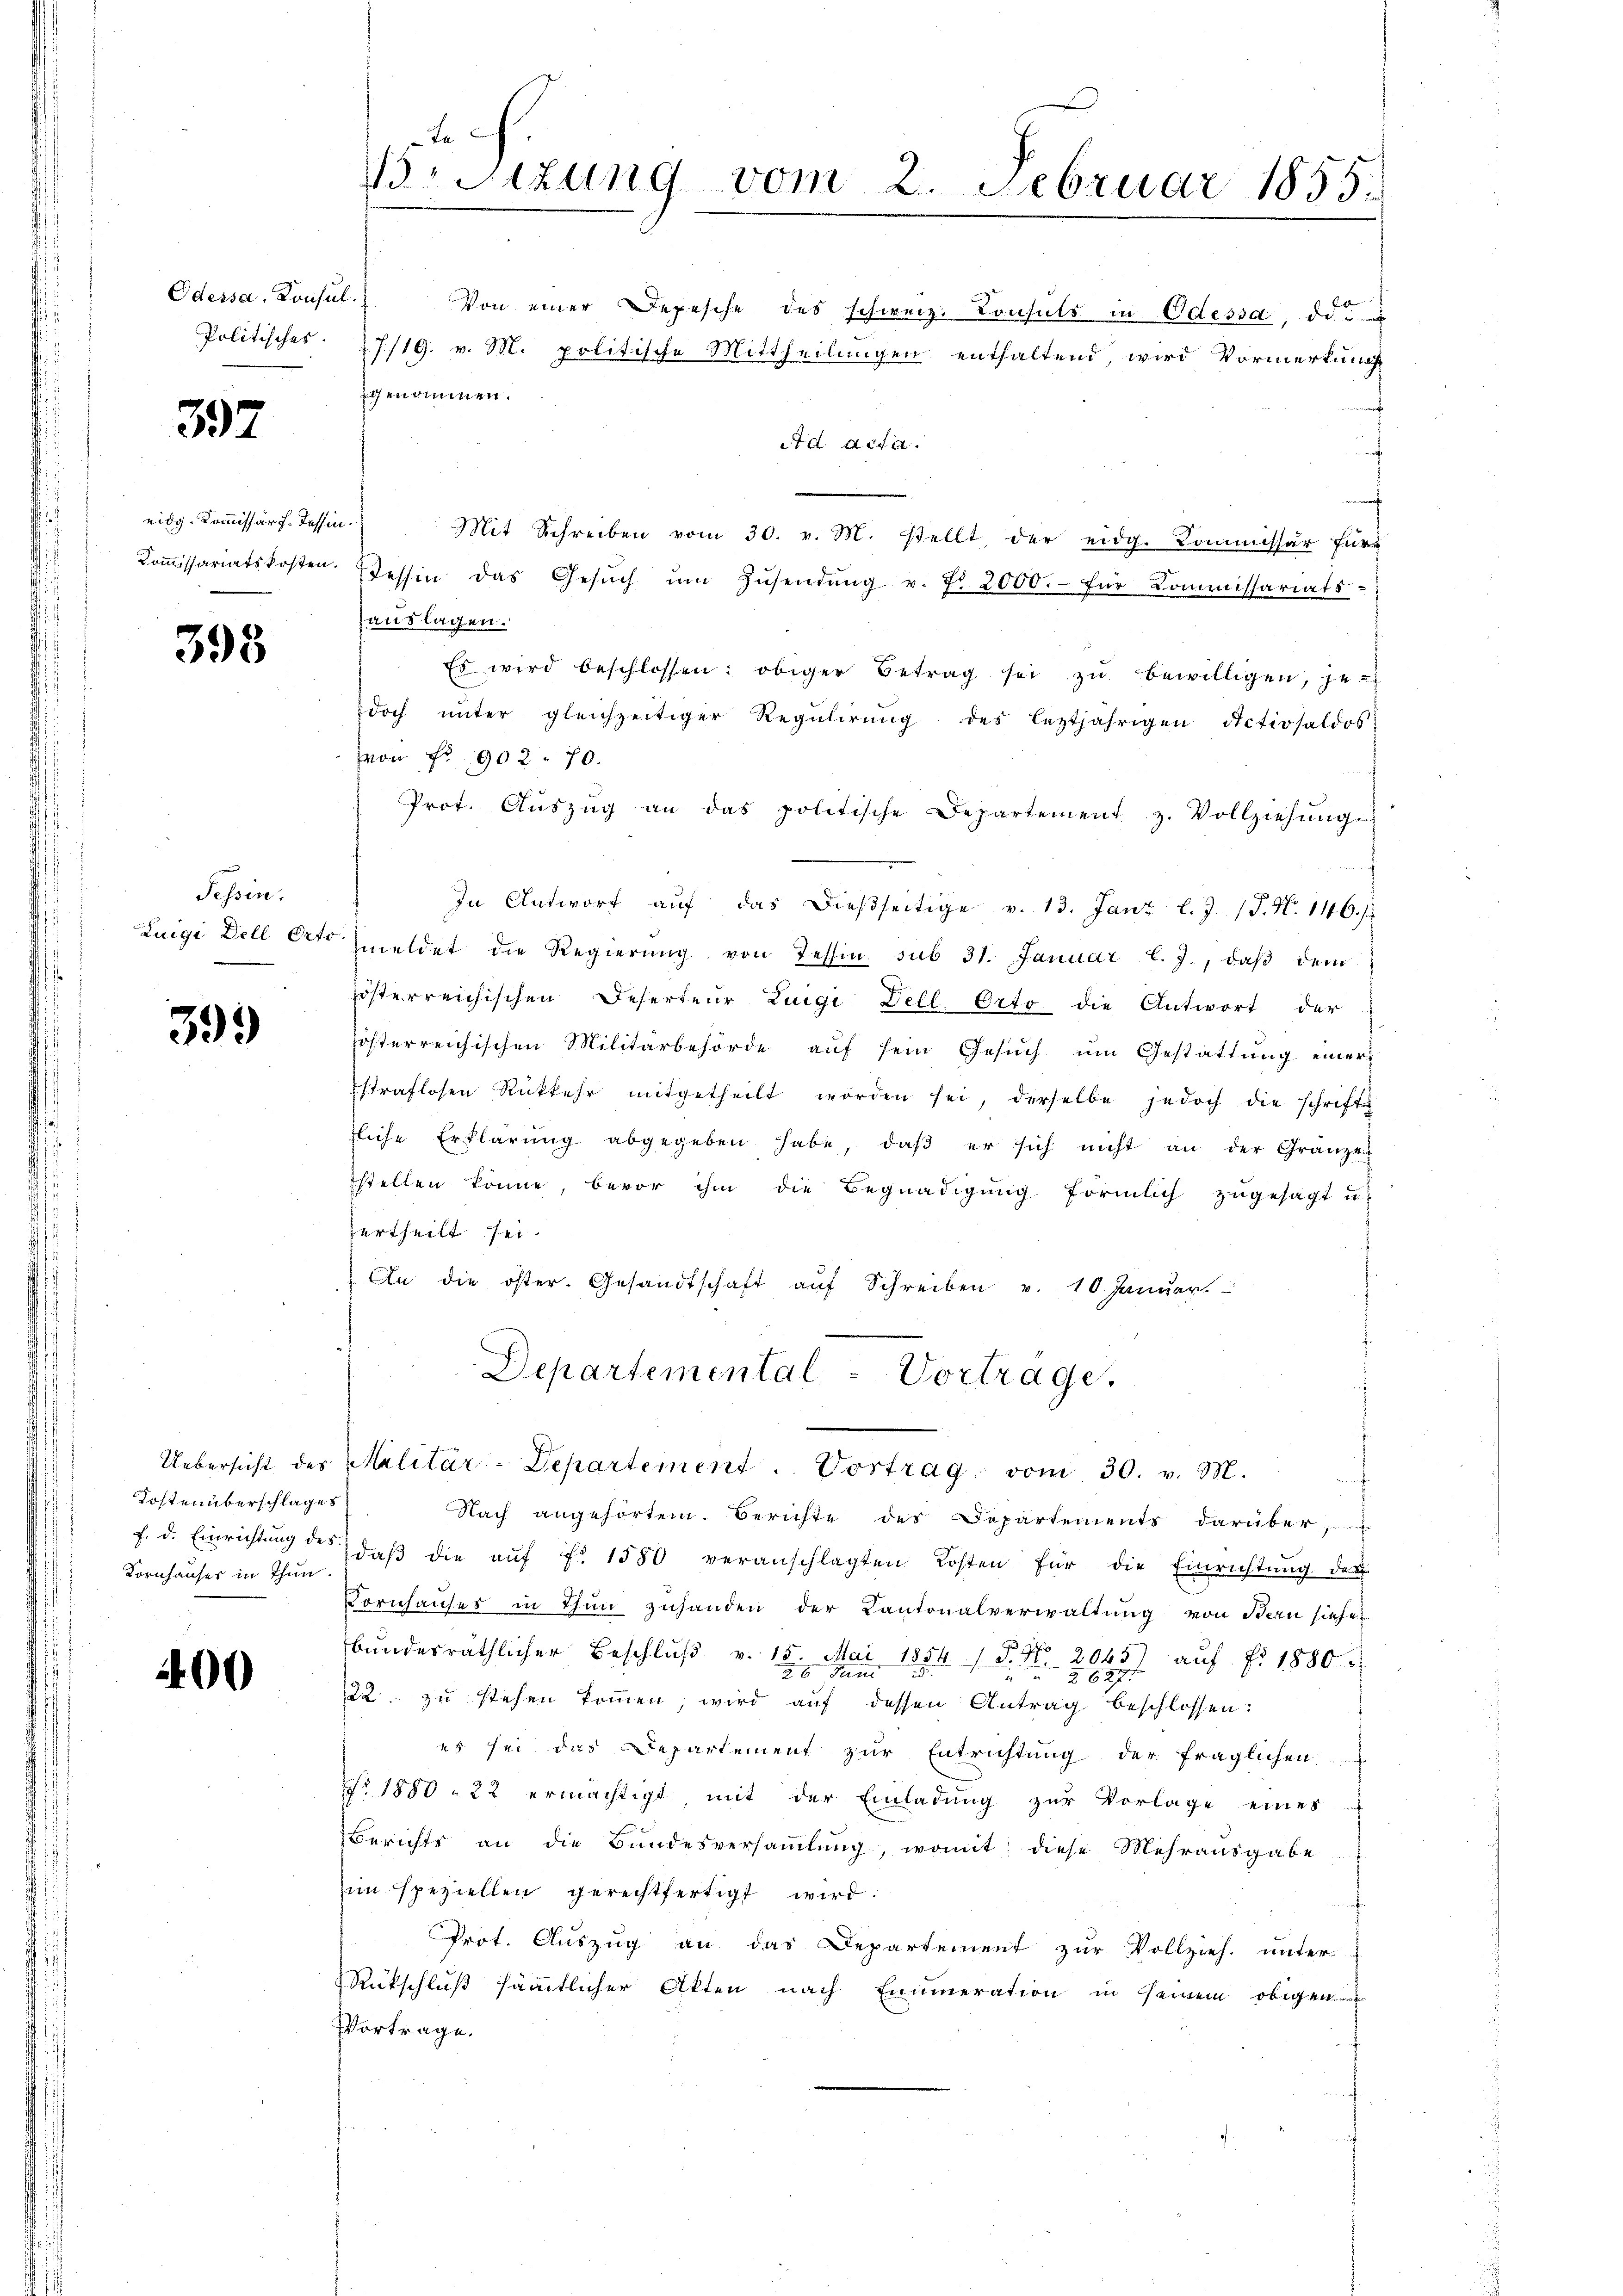
Politisches.

397

eidg. Kommissär f. Tessin.

395

Tessin.

399

Kostenüberschlages
Kornhauses in Thun.

400

t
Besizung vom 2. Februar 1855.

Odessa. Konsul.) Von einer Depesche des schweiz. Consuls in Odessa, da
27/19. v. M. politische Mittheilungen enthaltend, wird Vormerkung
genommen.
Ad Acta.
Mit Schreiben vom 30. v. M. stellt, der eidg. Kommissär für
Koṁissariatskosten. Tessin das Gesŭch ŭm Zŭsendŭng v. f. 2000.- für Kommissariats-
auslagen.
Es wird beschlossen: obiger Betrag sei zŭ bewilligen, je-
doch unter gleichzeitiger Regulirung des leztjährigen Activsaldos:
von No 902. 70.
Prot. Aŭszŭg an das politische Departement z. Vollziehŭng
f
In Antwort aŭf das dießseitige v. 13. Janz l. J. J. N. 146. 1
Luigi Dell Orto meldet die Regierŭng von Tessin sub 31. Januar l. J., daβ dem
zösterreichischen Deserteur Luigi Dell. Orto die Antwort der
österreichischen Militärbehörde auf sein Gesuch um Gestattung einer
straflosen Rückkehr mitgetheilt worden sei, derselbe jedoch die schrifte
zliche Erklärŭng abgegeben habe, daβ er sich nicht an der Gränze
stellen könne, bevor ihm die Begnadigung förmlich zugesagt u.
urtheilt sei.
An die öster. Gesandtschaft aŭf Schreiben v. 10 Januar.
Departemental-Vortrage,
Uebersicht des Malitär-Departement . Vortrag vom 30. v. M.
Nach angehörten. Berichte des Departements darüber
f. d. Einrichtŭng des daβ die aŭf Fr. 1580 veranschlagten Kosten für die Einrichtŭng der
Kornhauses in Thun zuhanden der Cantonalverwaltung von Bern siehen
bundesräthlicher Beschluß v. 15. Mai 1854 / 5. No. 2065) auf fr. 1880.
22 zu stehen kommen, wird auf dessen Antrag beschlossen:
es sei das Departement zur Entrichtung der fraglichen
No. 1880 " 22 ermächtigt mit der Einladung zur Vorlage eines
Berichts an die Bandesversammlung, womit diese Mehrausgabe
zim speziellen gerechtfertigt wird.
Prot. Auszug an das Departement zur Vollzieh. unter-
Rückschluß sämmtlicher Akten nach Enumeration in seinem obigen
Vortrage.